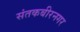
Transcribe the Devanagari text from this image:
संतकबीरनगर